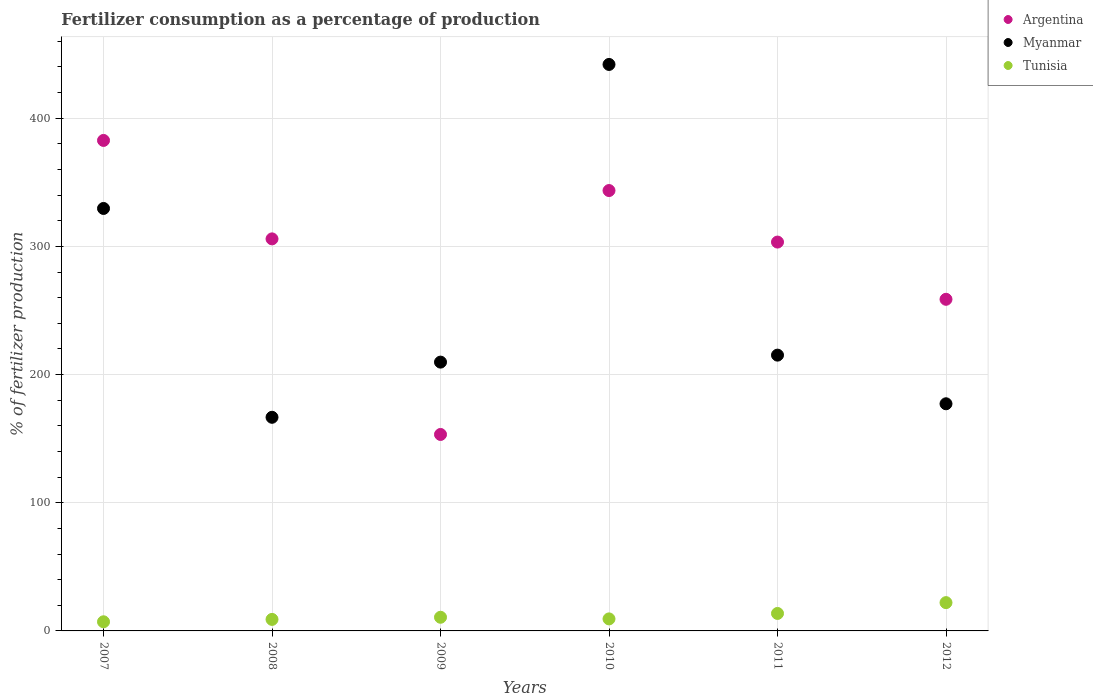
| Years | Argentina | Myanmar | Tunisia |
 | --- | --- | --- | --- |
 | 2007 | 383 | 330 | 7.13 |
 | 2008 | 306 | 167 | 8.99 |
 | 2009 | 153 | 210 | 10.7 |
 | 2010 | 344 | 442 | 9.38 |
 | 2011 | 303 | 215 | 13.6 |
 | 2012 | 259 | 177 | 22.1 |